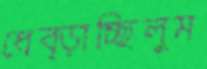
ধেব্‌ড়াচ্ছিলুম